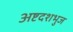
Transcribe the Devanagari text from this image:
अष्टदशभुज